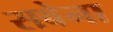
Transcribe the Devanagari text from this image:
सबेना